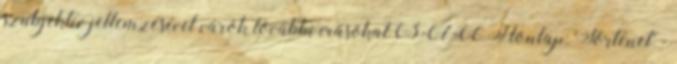
szubjektív jellemzésével várok további írásokat 03-07-06 Honlap: 'Történet' -